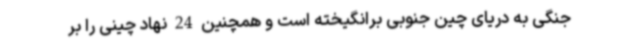
جنگی به دریای چین جنوبی برانگیخته است و همچنین 24 نهاد چینی را بر